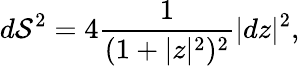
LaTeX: d\mathcal{S}^{2}=4\frac{{1}}{{(1+|z|^{2})^{2}}}|dz|^{2},